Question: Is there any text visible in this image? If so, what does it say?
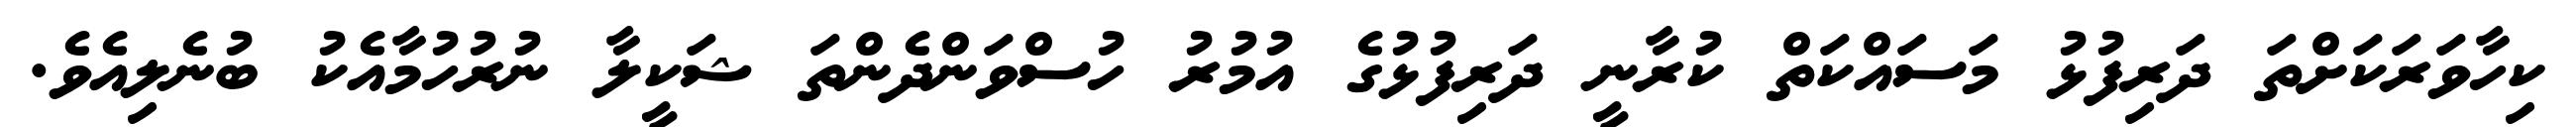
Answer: ކިހާވަރަކަށްތަ ދަރިފުޅު މަސައްކަތް ކުރާނީ ދަރިފުޅުގެ އުމުރު ހުސްވަންދެންތަ ޝަކީލާ ނުރުހުމާއެކު ބުނެލިއެވެ.